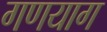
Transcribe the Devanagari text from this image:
गणयाग